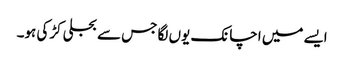
ایسے میں اچانک یوں لگا جس سے بجلی کڑکی ہو۔